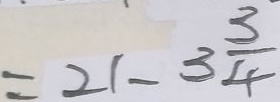
= 2 1 - 3 \frac { 3 } { 4 }